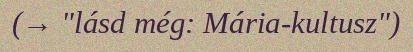
(→ "lásd még: Mária-kultusz")